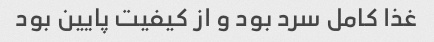
غذا کامل سرد بود و از کیفیت پایین بود